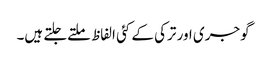
گوجری اور ترکی کے کئی الفاظ ملتےجلتے ہیں۔